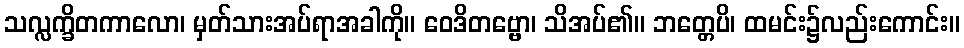
သလ္လက္ခိတကာလော၊ မှတ်သားအပ်ရာအခါကို။ ဝေဒိတဗ္ဗော၊ သိအပ်၏။ ဘတ္တေပိ၊ ထမင်း၌လည်းကောင်း။